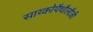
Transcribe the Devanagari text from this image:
साय्कोपैथौलौजी